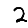
Digit: 2